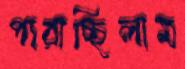
পারাচ্ছিলাম